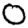
Digit: 0